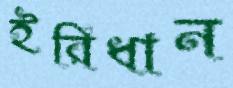
ইরিধান